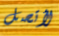
لأتصل